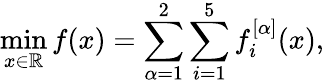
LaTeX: \operatorname*{min}_{x\in\mathbb{R}}f(x)=\sum_{\alpha=1}^{2}\sum_{i=1}^{5}f_{i}^{[\alpha]}(x),